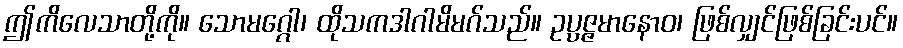
ဤကိလေသာတို့ကို။ သောမဂ္ဂေါ၊ ထိုသကဒါဂါမိမဂ်သည်။ ဥပ္ပဇ္ဇမာနောဝ၊ ဖြစ်လျှင်ဖြစ်ခြင်းပင်။